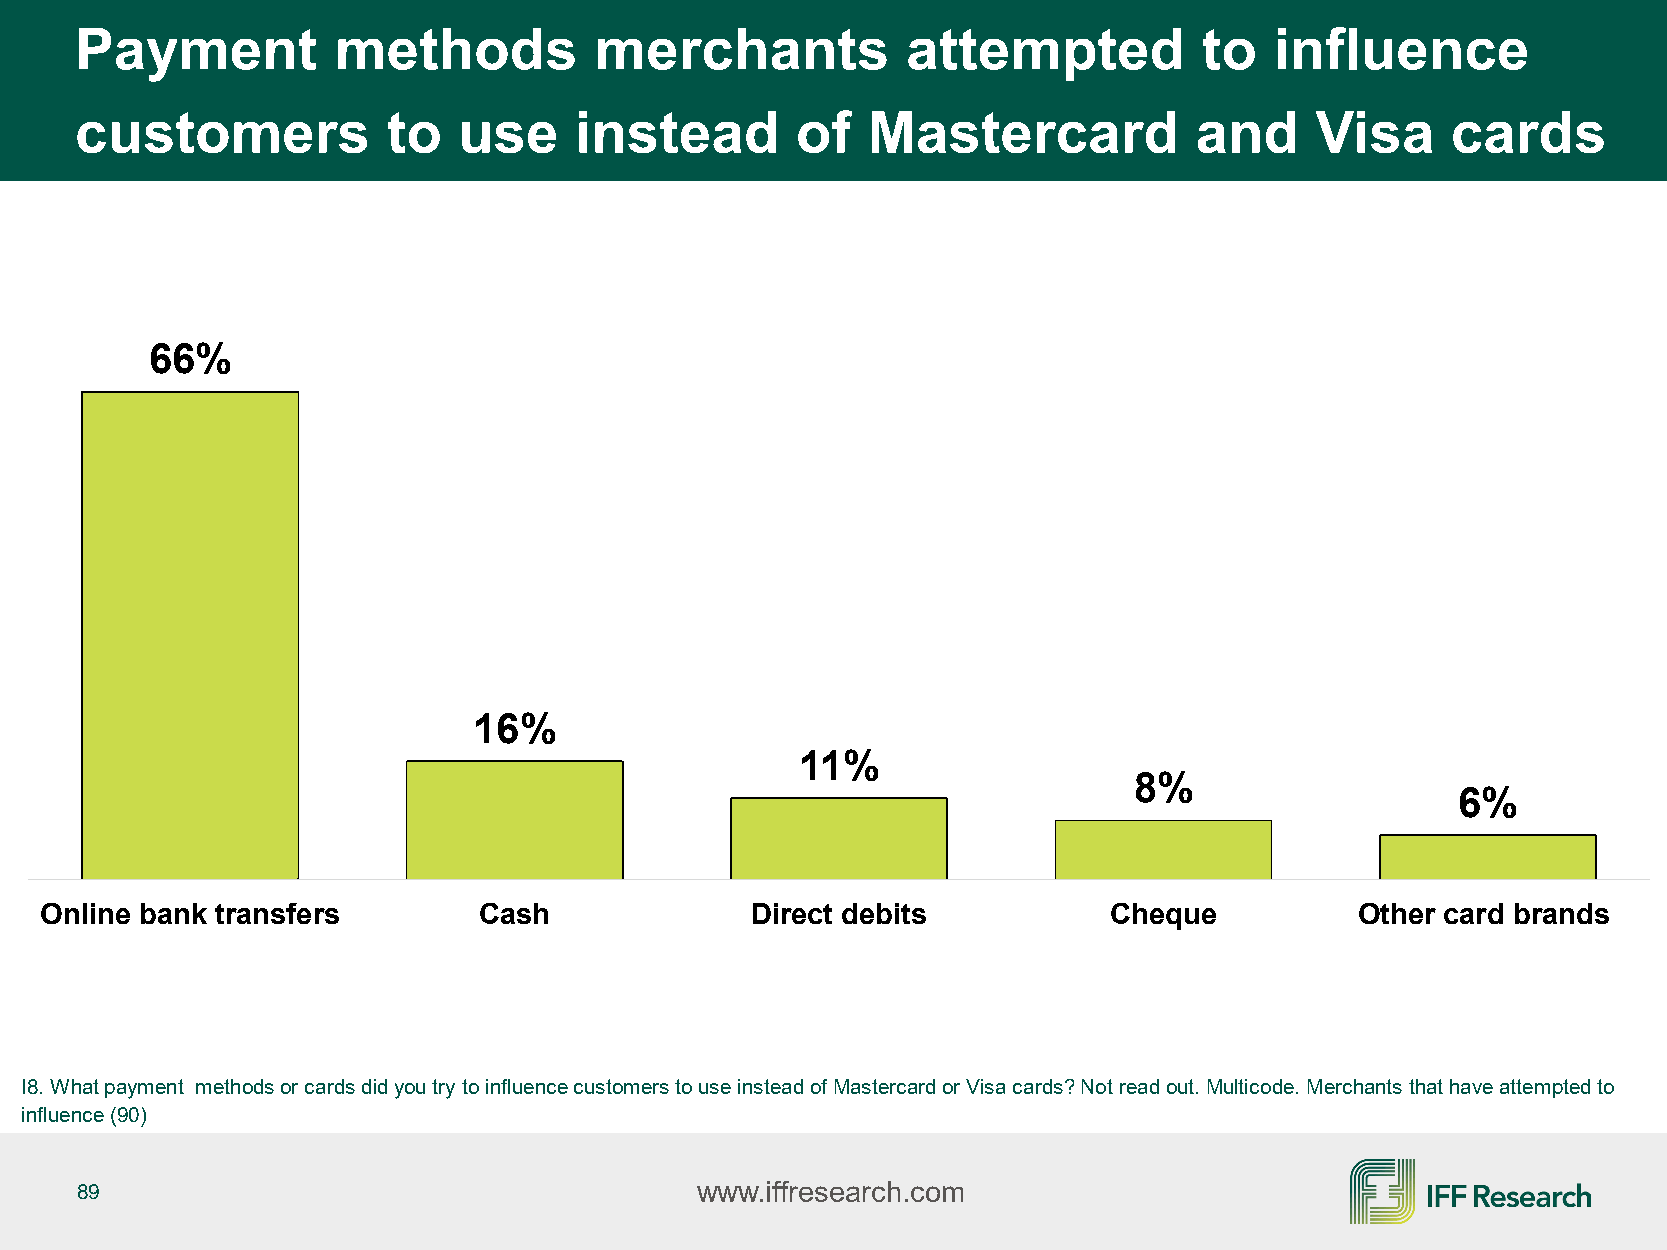
Payment          methods          merchants            attempted           to  influence
 customers            to  use     instead        of  Mastercard            and     Visa     cards
 66%
 16%
 11%
 8%
 6%
 Online bank transfers        Cash              Direct debits          Cheque           Other card brands
 I8. What payment methods or cards did you try to influence customers to use instead of Mastercard or Visa cards? Not read out. Multicode. Merchants that have attempted to
 influence (90)
 89                                       www.iffresearch.com